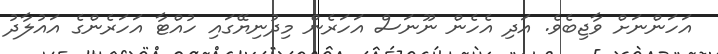
އަހަންނަށް ވާޖިބެވެ. އަދި އެހެން ނޫނަސް އަހަރެން މިދުނިޔޭގައި ހުއްޓާ އަހަރެންގެ އައުލާދު